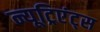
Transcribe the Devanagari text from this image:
न्यूट्रिएंट्स